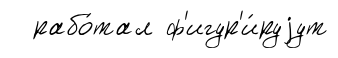
рабо́тал ф'игур'и́руjут